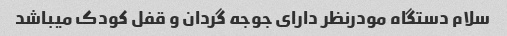
سلام دستگاه مودرنظر دارای جوجه گردان و قفل کودک میباشد